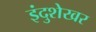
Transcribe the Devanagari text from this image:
इंदुशेखर